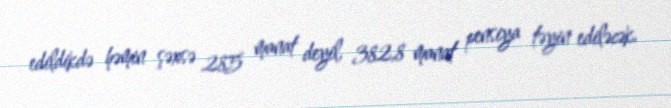
edildikdə həmin şəxsə 285 manat deyil, 382,8 manat pensiya təyin ediləcək.